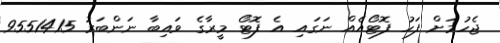
ޖެހުމަށް ފަހު ފޮޓޯއެއް ނަގައި އެ ފޮޓޯ މީރާގެ ވައިބާ ނަންބަރު 9551415